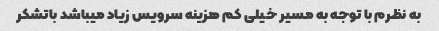
به نظرم با توجه به مسیر خیلی کم هزینه سرویس زیاد میباشد باتشکر